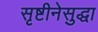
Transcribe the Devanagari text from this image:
सृष्टीनेसुद्धा